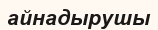
айнадырушы